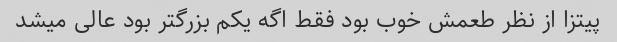
پیتزا از نظر طعمش خوب بود فقط اگه یکم بزرگتر بود عالی میشد